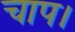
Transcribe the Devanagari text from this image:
चाप।